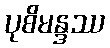
ပုစိမန္ဒဿ